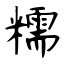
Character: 糯